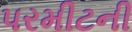
પરમીટની